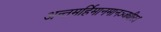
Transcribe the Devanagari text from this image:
अन्तमर्हिमानमानञ्जधीरः।